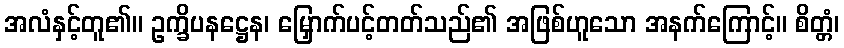
အလံနှင့်တူ၏။ ဥက္ခိပနဋ္ဌေန၊ မြှောက်ပင့်တတ်သည်၏ အဖြစ်ဟူသော အနက်ကြောင့်။ စိတ္တံ၊